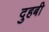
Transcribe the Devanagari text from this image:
दुहबी